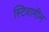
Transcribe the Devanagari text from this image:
स्टिवामीन